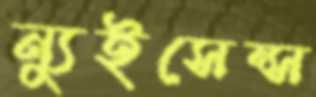
ন্যুইসেন্স